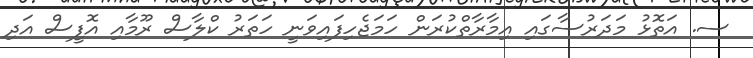
ސ. އަތޮޅު މަދަރުސާގައި އިމާރާތްކުރަން ހަމަޖެހިފައިވަނީ ހަތަރު ކްލާސް ރޫމާއި އޮފީސް އަދި